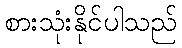
စားသုံးနိုင်ပါသည်